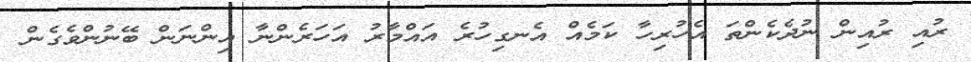
ރުއި ރުއިން ނުދެކެންތަ އެހުރިހާ ކަމެއް އެނގިހުރެ އައްމާރު އަހަރެންނާ އިންނަން ބޭނުންވެގެން